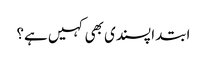
ابتدا پسندی بھی کہیں ہے؟